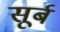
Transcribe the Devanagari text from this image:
सूर्ब